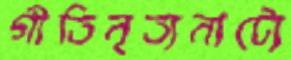
গীতিনৃত্যনাট্যে